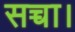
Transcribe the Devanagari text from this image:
सच्चा।